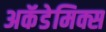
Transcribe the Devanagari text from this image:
अकॅडेमिक्स